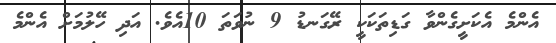
އެންމެ އެކަށީގެންވާ ގަޑިތަކަކީ ރޭގަނޑު 9 ނުވަތަ 10އެވެ. އަދި ހޭލުމަށް އެންމެ